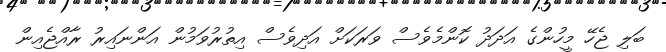
ބަލި ޖެހޭ މީހުންގެ އަދަދު ކޮންމެވެސް ވަރަކަށް އަދިވެސް އިތުރުވަމުން އަންނައިރު ރާއްޖެއިން